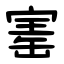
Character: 寚